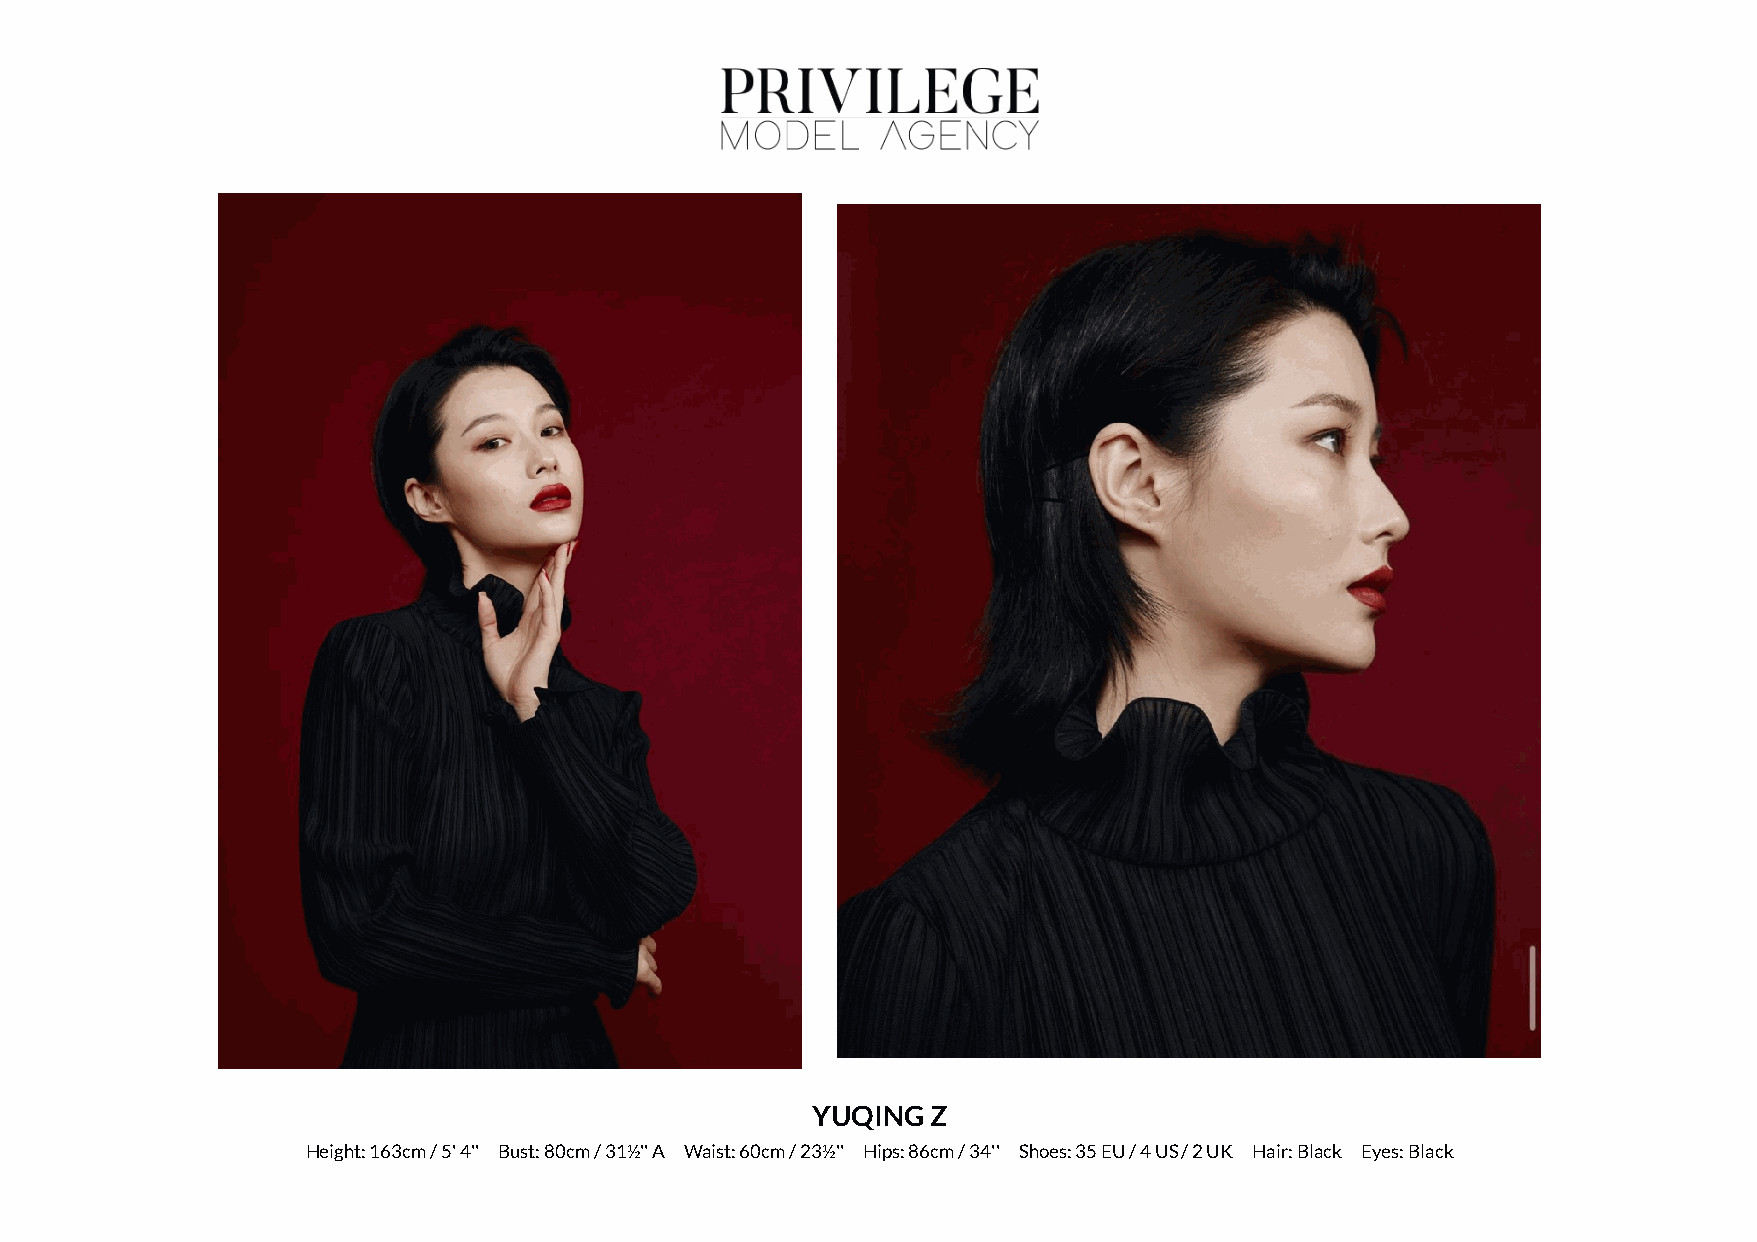
YUQING  Z
 Height: 163cm / 5' 4'' Bust: 80cm / 31½'' A Waist: 60cm / 23½'' Hips: 86cm / 34'' Shoes: 35 EU / 4 US / 2 UK Hair: Black Eyes: Black